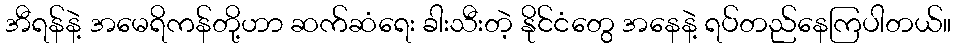
အီရန်နဲ့ အမေရိကန်တို့ဟာ ဆက်ဆံရေး ခါးသီးတဲ့ နိုင်ငံတွေ အနေနဲ့ ရပ်တည်နေကြပါတယ်။